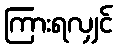
ကြားရလျှင်